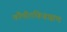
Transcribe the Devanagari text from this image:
कौषीतकिब्राह्मण